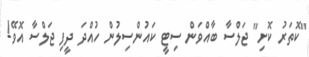
"ކޮތަރު ކޮށި" ޖަލްސާ ބާއްވަން ސިޓީ ކައުންސިލުން ހުއްދަ ދީފި ޖަލްސާ އޮވޭ!